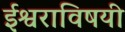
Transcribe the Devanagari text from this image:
ईश्वराविषयी